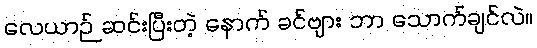
လေယာဉ် ဆင်းပြီးတဲ့ နောက် ခင်ဗျား ဘာ သောက်ချင်လဲ။